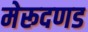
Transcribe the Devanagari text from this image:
मेरूदणड